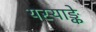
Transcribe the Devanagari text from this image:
यस्याङ्के